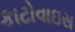
કાટોવાઇસ